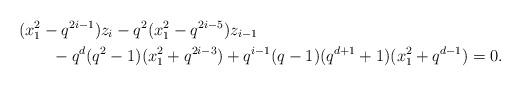
LaTeX: \begin{align*} & (x_1^2 - q^{2i-1}) z_i - q^2 (x_1^2 - q^{2i-5}) z_{i-1} \\ & \qquad - q^d (q^2-1)(x_1^2 + q^{2i-3}) + q^{i-1}(q-1)(q^{d+1}+1)(x_1^2 + q^{d-1}) =0. \end{align*}